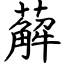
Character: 薢